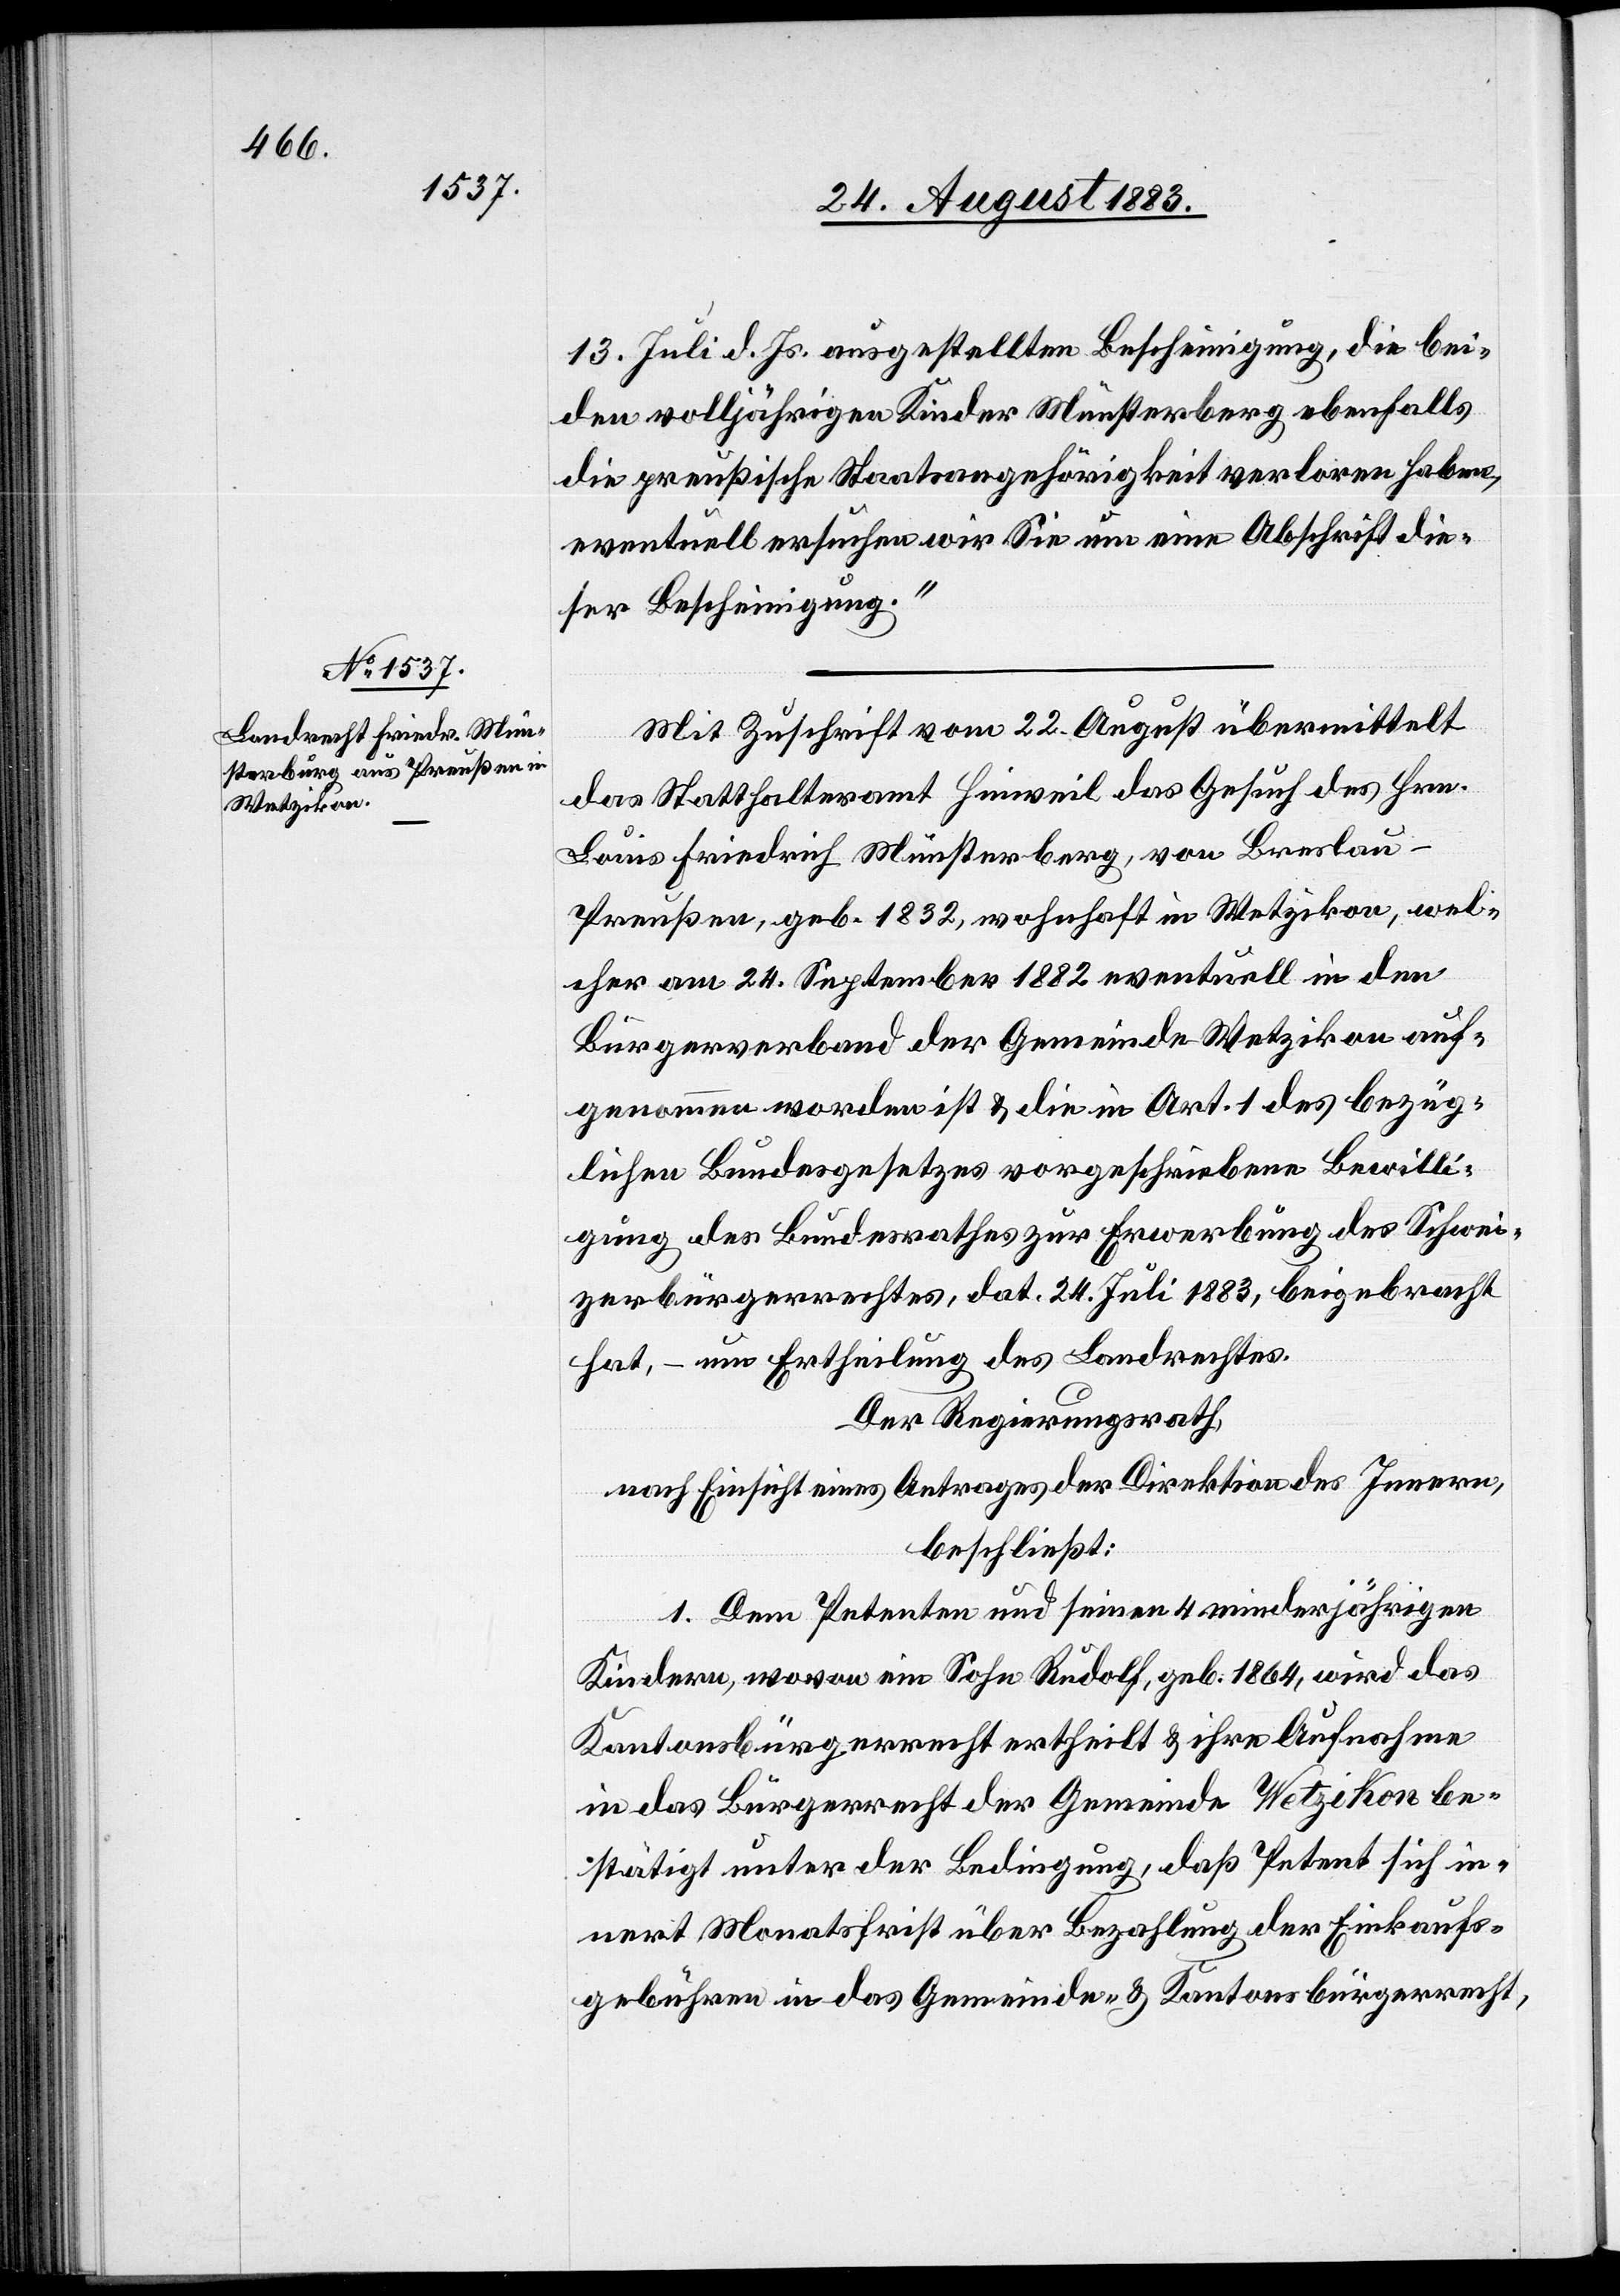
13. Juli d. Js. ausgestellten Bescheinigung, die bei¬
den volljährigen Kinder Münsterberg ebenfalls
die preußische Staatsangehörigkeit verloren haben,
eventuell ersuchen wir Sie um eine Abschrift die¬
ser Bescheinigung.“
Mit Zuschrift vom 22. August übermittelt
das Statthalteramt Hinweil das Gesuch des Hrn.
Louis Friedrich Münsterberg, von Breslau
Preußen, geb. 1832, wohnhaft in Wetzikon, wel¬
cher am 24. September 1882 eventuell in den
Bürgerverband der Gemeinde Wetzikon auf¬
genommen worden ist & die in Art. 1 des bezüg¬
lichen Bundesgesetzes vorgeschriebene Bewilli¬
gung des Bundesrathes zur Erwerbung des Schwei¬
zerbürgerrechtes, dat. 24. Juli 1883, beigebracht
hat, – um Ertheilung des Landrechtes.
Der Regierungsrath,
nach Einsicht eines Antrages der Direktion des Innern,
beschließt:
1. Dem Petenten und seinen 4 minderjährigen
Kindern, wovon ein Sohn Rudolf, geb. 1864, wird das
Kantonsbürgerrecht ertheilt & ihre Aufnahme
in das Bürgerrecht der Gemeinde Wetzikon be¬
stätigt unter der Bedingung, daß Petent sich in¬
nert Monatsfrist über Bezahlung der Einkaufs¬
gebühren in das Gemeinde- & Kantonsbürgerrecht,